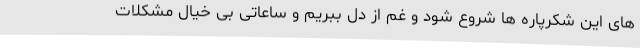
های این شکرپاره ها شروع شود و غم از دل ببریم و ساعاتی بی خیال مشکلات